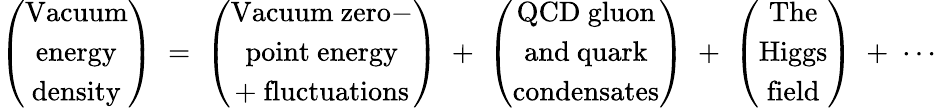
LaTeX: \left(\begin{array}{c}{{\mathrm{Vacuum}}}\\ {{\mathrm{energy}}}\\ {{\mathrm{density}}}\end{array}\right)\; =\; \left(\begin{array}{c}{{\mathrm{Vacuum~zero-}}}\\ {{\mathrm{point~energy}}}\\ {{\mathrm{+~fluctuations}}}\end{array}\right)\; +\; \left(\begin{array}{c}{{\mathrm{QCD~gluon}}}\\ {{\mathrm{and~quark}}}\\ {{\mathrm{condensates}}}\end{array}\right)\; +\; \left(\begin{array}{c}{{\mathrm{The}}}\\ {{\mathrm{Higgs}}}\\ {{\mathrm{field}}}\end{array}\right)\; +\; \cdots